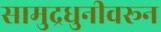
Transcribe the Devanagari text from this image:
सामुद्रधुनीवरून